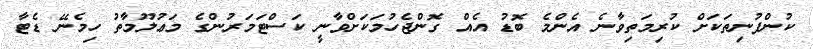
ކުންފުނިތަކަށް ކުރިމަތިވާނެ އެންމެ ބޮޑު އެއް ގޮންޖެހުމަކަށްވާނީ ކަސްޓަމަރުންގެ މަޢުލޫމާތު ހިމެނޭ ޑެޓާ